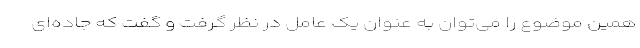
همین موضوع را می‌توان به عنوان یک عامل در نظر گرفت و گفت که جاده‌ای